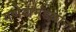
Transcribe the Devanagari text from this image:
गणेशमंडळांना